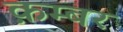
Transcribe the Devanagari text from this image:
क़म्बर